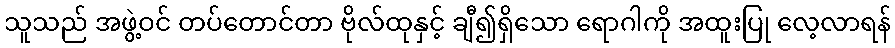
သူသည် အဖွဲ့ဝင် တပ်တောင်တာ ဗိုလ်ထုနှင့် ချီ၍ရှိသော ရောဂါကို အထူးပြု လေ့လာရန်